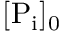
[ \mathrm { P _ { i } } ] _ { 0 }